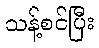
သန့်စင်ပြီး